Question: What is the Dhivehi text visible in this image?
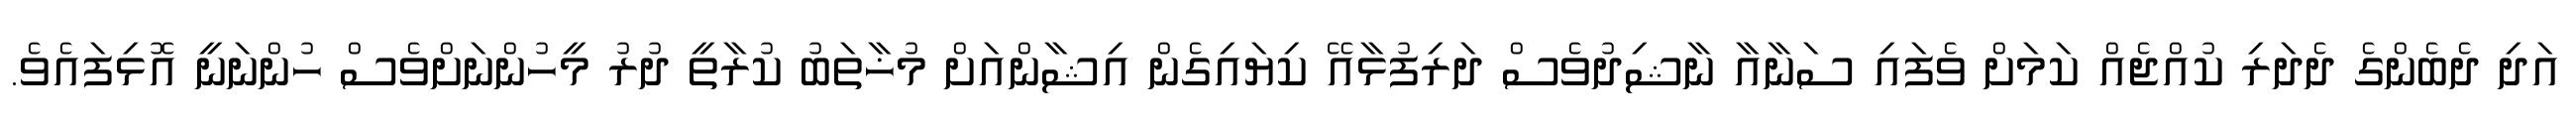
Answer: އަދި ދެބެންގެ ދެދަރި ކުއްޖެއް ކަމަށް ވެފައި ސަނާއާ ނާޝިދުވެސް ދަރިފުޅާއޭ ކިޔައިގެން އިޝާންއަށް މުޚާތަބު ކުރާތީ ދުރު މީހުންނަށްވެސް ހުންނަނީ އޮޅިފައެވެ.